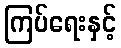
ကြပ်ရေးနှင့်